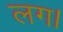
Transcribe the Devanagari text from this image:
लग।